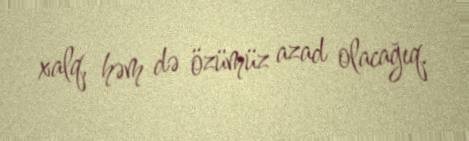
xalq, həm də özümüz azad olacağıq.